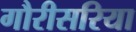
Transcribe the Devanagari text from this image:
गौरीसरिया